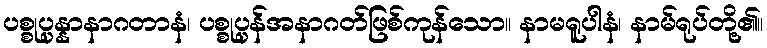
ပစ္စုပ္ပန္နာနာဂတာနံ၊ ပစ္စုပ္ပန်အနာဂတ်ဖြစ်ကုန်သော။ နာမရူပါနံ၊ နာမ်ရုပ်တို့၏။